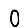
Digit: 0